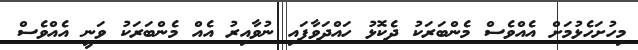
މިހުށަހެޅުމަށް އެއްވެސް މެންބަރަކު ދެކޮޅު ހައްދަވާފައި ނުވާއިރު އެއް މެންބަރަކު ވަނީ އެއްވެސް